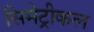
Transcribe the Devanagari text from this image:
सिमेट्रीकल